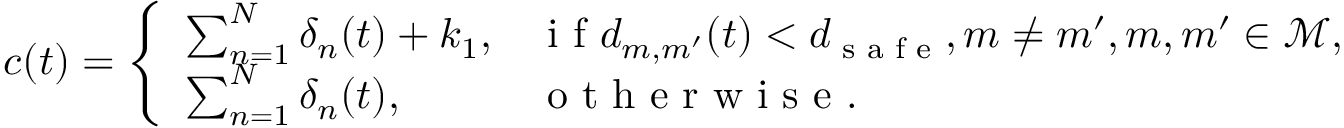
c ( t ) = \left\{ \begin{array} { l l } { \sum _ { n = 1 } ^ { N } \delta _ { n } ( t ) + k _ { 1 } , } & { \textrm { i f } \ensuremath { d _ { m , m ^ { \prime } } ( t ) < d _ { \textrm { s a f e } } , m \neq m ^ { \prime } , m , m ^ { \prime } \in \mathcal { M } , } } \\ { \sum _ { n = 1 } ^ { N } \delta _ { n } ( t ) , } & { \textrm { o t h e r w i s e . } } \end{array} \right.